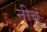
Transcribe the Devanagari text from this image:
नीबूं